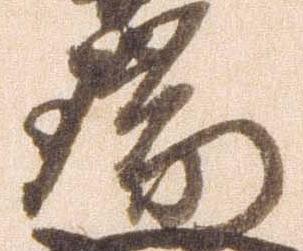
瑞